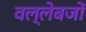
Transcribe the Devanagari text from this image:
वल्लेबजों